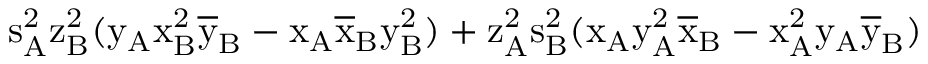
\mathrm { s _ { A } ^ { 2 } \mathrm { z _ { B } ^ { 2 } ( \mathrm { y _ { A } \mathrm { x _ { B } ^ { 2 } \mathrm { \overline { { y } } _ { B } - \mathrm { x _ { A } \mathrm { \overline { { x } } _ { B } \mathrm { y _ { B } ^ { 2 } ) + \mathrm { z _ { A } ^ { 2 } \mathrm { s _ { B } ^ { 2 } ( \mathrm { x _ { A } \mathrm { y _ { A } ^ { 2 } \mathrm { \overline { { x } } _ { B } - \mathrm { x _ { A } ^ { 2 } \mathrm { y _ { A } \mathrm { \overline { { y } } _ { B } ) } } } } } } } } } } } } } } } }